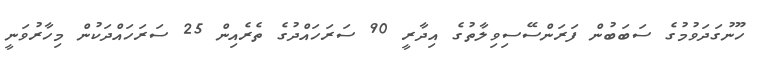
ހޫނުގަދަވުމުގެ ސަބަބުން ފަރަންސޭސިވިލާތުގެ އިދާރީ 90 ސަރަހައްދުގެ ތެރެއިން 25 ސަރަހައްދަކުން މިހާރުވަނީ